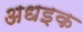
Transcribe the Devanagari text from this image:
अधइक